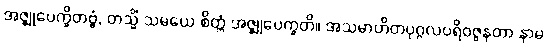
အဇ္ဈုပေက္ခိတဗ္ဗံ, တသ္မိံ သမယေ စိတ္တံ အဇ္ဈုပေက္ခတိ။ အသမာဟိတပုဂ္ဂလပရိဝဇ္ဇနတာ နာမ